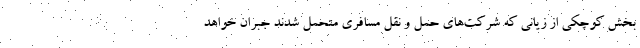
بخش کوچکی از زیانی که شرکت‌های حمل و نقل مسافری متحمل شدند جبران خواهد